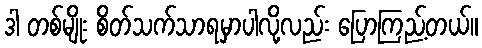
ဒါ တစ်မျိုး စိတ်သက်သာရမှာပါလို့လည်း ပြောကြည့်တယ်။